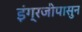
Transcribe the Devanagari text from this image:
इंग्रजीपासुन